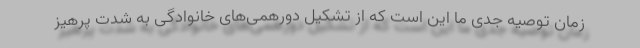
زمان توصیه جدی ما این است که از تشکیل دورهمی‌های خانوادگی به شدت پرهیز